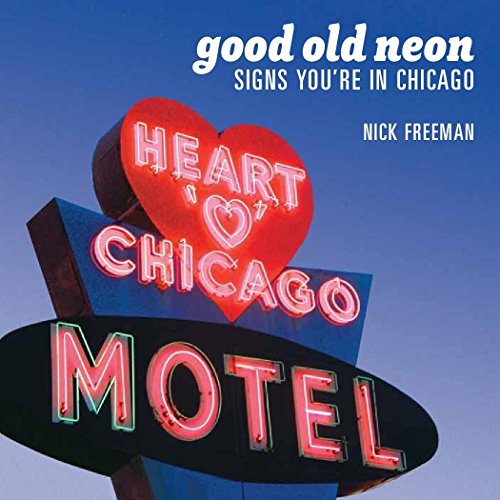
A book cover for Good Old Neon: Signs You're In Chicago; Nick Freeman; Arts & Photography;